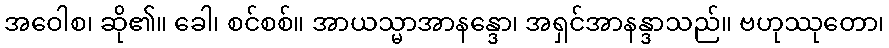
အဝေါစ၊ ဆို၏။ ခေါ၊ စင်စစ်။ အာယသ္မာအာနန္ဒော၊ အရှင်အာနန္ဒာသည်။ ဗဟုဿုတော၊